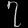
Digit: ၇